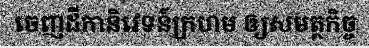
ចេញដីកានិវេទន៍ក្រហម ឲ្យសមត្ថកិច្ច